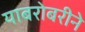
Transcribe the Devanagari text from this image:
याबरोबरीने